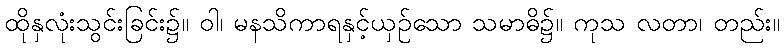
ထိုနှလုံးသွင်းခြင်း၌။ ဝါ၊ မနသိကာရနှင့်ယှဉ်သော သမာဓိ၌။ ကုသ လတာ၊ တည်း။